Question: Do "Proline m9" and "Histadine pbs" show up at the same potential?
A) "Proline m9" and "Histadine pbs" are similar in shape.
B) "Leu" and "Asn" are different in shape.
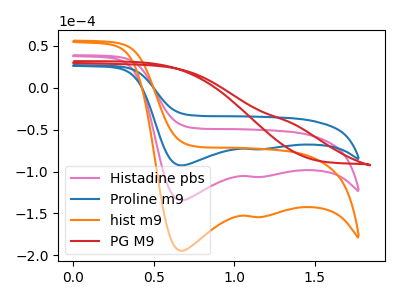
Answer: <think>The pink curve "Histadine pbs" has cathodic peaks at (0.65V, -134.25uA) (1.15V, -106.45uA). The blue curve "Proline m9" has cathodic peaks at (0.65V, -92.70uA) (1.15V, -73.50uA). The orange curve "hist m9" has cathodic peaks at (0.65V, -268.45uA) (1.15V, -212.90uA). The red curve "PG M9" has no peaks.
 All the peaks in "Proline m9" have a peak in "Histadine pbs" at the same potential. Every peak in "Proline m9" is lower than every peak in "Histadine pbs".</think>
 <answer>A) "Proline m9" and "Histadine pbs" are similar in shape.</answer>
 <eval>A</eval>